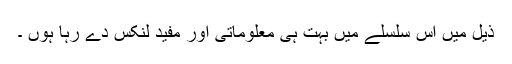
ذیل میں اس سلسلے میں بہت ہی معلوماتی اور مفید لنکس دے رہا ہوں ۔